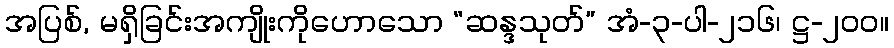
အပြစ်, မရှိခြင်းအကျိုးကိုဟောသော “ဆန္ဒသုတ်” အံ-၃-ပါ-၂၁၆၊ ဋ္ဌ-၂၀၀။